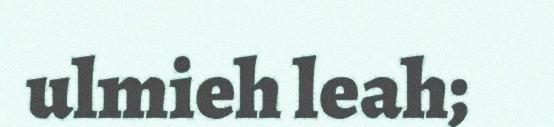
ulmieh leah;